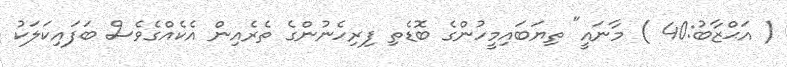
( އަޙްޒާބު:40 ) މާނައީ" ތިޔަބައިމީހުންގެ ބޮޑެތި ފިރިހެނުންގެ ތެރެއިން އެކެއްގެވެސް ބަފައިކަލަކު